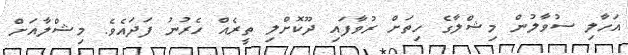
އަހާލި ސުވާލުން މިޝްލާގެ ހިތަށް ރުވާފައި ދޫކޮށްލި ތީރެއް ހެރުނު ފަދައެވެ. މިޝްލާއަށް